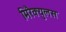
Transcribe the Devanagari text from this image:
मिरैक्युलस